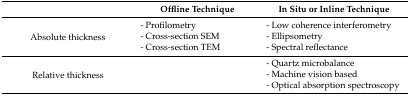
|  | Offline Technique | In Situ or Inline Technique |
 | --- | --- | --- |
 | <ROWSPAN=3> Absolute thickness | - Profilometry | - Low coherence interferometry |
 | - Cross-section SEM | - Ellipsometry |
 | - Cross-section TEM | - Spectral reflectance |
 | <ROWSPAN=3> Relative thickness | <ROWSPAN=3>  | - Quartz microbalance |
 | - Machine vision based |
 | - Optical absorption spectroscopy |